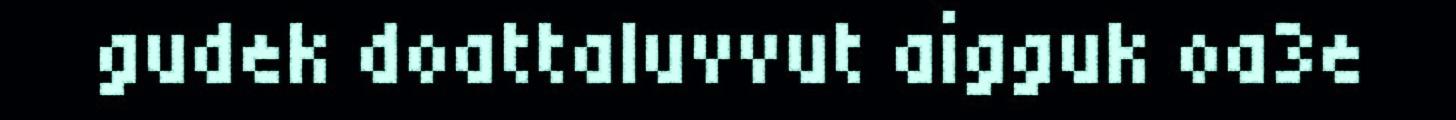
gudek doattaluvvut aigguk oa3e